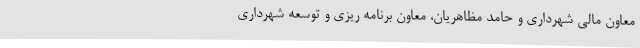
معاون مالی شهرداری و حامد مظاهریان، معاون برنامه ریزی و توسعه شهرداری